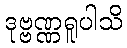
ဒုဗ္ဗဏ္ဏရူပါသိ